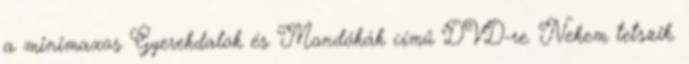
a minimaxos Gyerekdalok és Mondókák című DVD-re. Nekem tetszik.